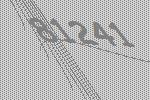
81241